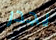
يجدر